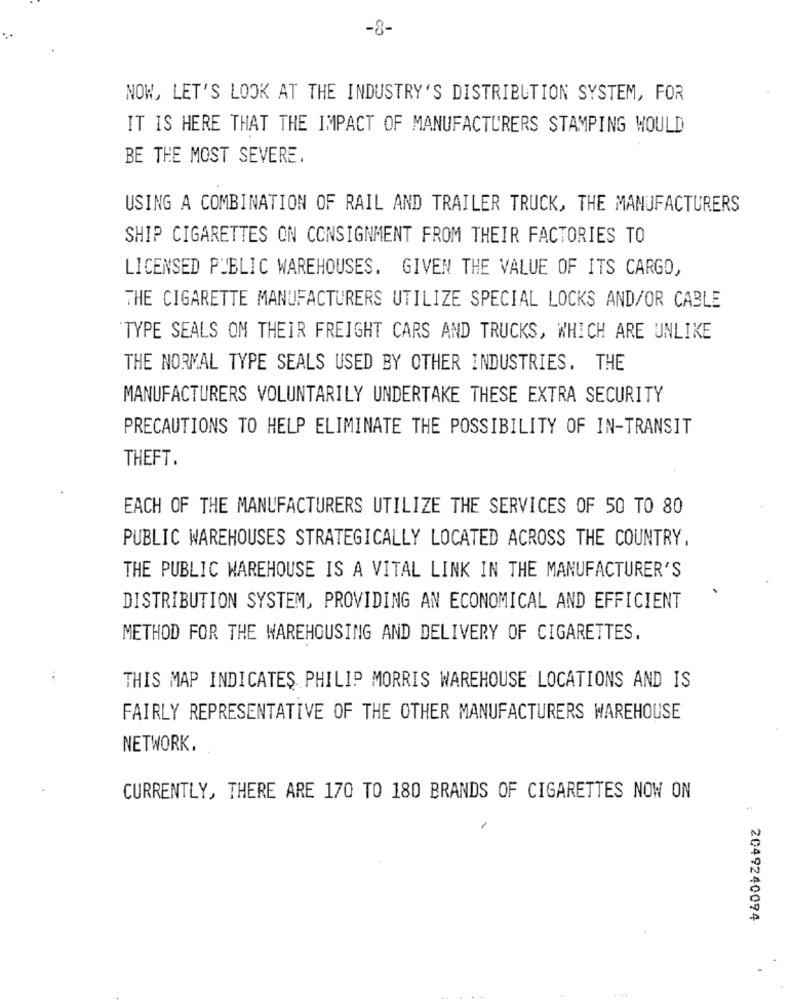
-8-
NOW, LET'S LOOK AT THE INDUSTRY'S DISTRIBUTION SYSTEM, FOR
IT IS HERE THAT THE IMPACT OF MANUFACTURERS STAMPING WOULD
BE THE MOST SEVERE.
USING A COMBINATION OF RAIL AND TRAILER TRUCK, THE MANUFACTURERS
SHIP CIGARETTES ON CONSIGNMENT FROM THEIR FACTORIES TO
LICENSED PUBLIC WAREHOUSES. GIVEN THE VALUE OF ITS CARGO,
THE CIGARETTE MANUFACTURERS UTILIZE SPECIAL LOCKS AND/OR CABLE
TYPE SEALS ON THEIR FREIGHT CARS AND TRUCKS, WHICH ARE UNLIKE
THE NORMAL TYPE SEALS USED BY OTHER INDUSTRIES. THE
MANUFACTURERS VOLUNTARILY UNDERTAKE THESE EXTRA SECURITY
PRECAUTIONS TO HELP ELIMINATE THE POSSIBILITY OF IN-TRANSIT
THEFT.
EACH OF THE MANUFACTURERS UTILIZE THE SERVICES OF 50 TO 80
PUBLIC WAREHOUSES STRATEGICALLY LOCATED ACROSS THE COUNTRY,
THE PUBLIC WAREHOUSE IS A VITAL LINK IN THE MANUFACTURER'S
DISTRIBUTION SYSTEM, PROVIDING AN ECONOMICAL AND EFFICIENT
METHOD FOR THE WAREHOUSING AND DELIVERY OF CIGARETTES.
THIS MAP INDICATES PHILIP MORRIS WAREHOUSE LOCATIONS AND IS
FAIRLY REPRESENTATIVE OF THE OTHER MANUFACTURERS WAREHOUSE
NETWORK,
CURRENTLY, THERE ARE 170 TO 180 BRANDS OF CIGARETTES NOW ON
: 2049240094